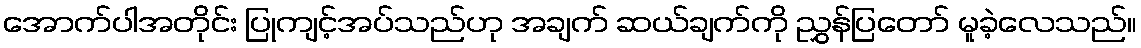
အောက်ပါအတိုင်း ပြုကျင့်အပ်သည်ဟု အချက် ဆယ်ချက်ကို ညွှန်ပြတော် မူခဲ့လေသည်။